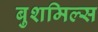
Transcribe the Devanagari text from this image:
बुशमिल्स